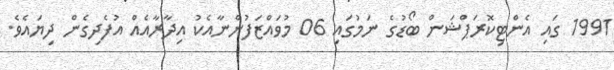
1991 ގައި އެންޓިކޮރަޕްޝަން ބޯޑުގެ ނަމުގައި 06 މުވައްޒަފުންނާއެކު އިދާރާއެއް އުފެދިގެން ދިޔައެވެ.